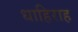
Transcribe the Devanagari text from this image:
धाहिराह